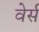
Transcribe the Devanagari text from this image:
वेर्स